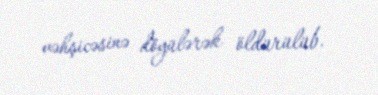
vəhşicəsinə döyülərək öldürülüb.